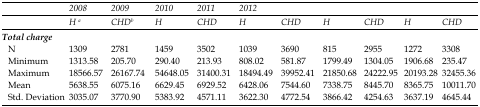
<table><thead><tr><td></td><td></td><td colspan="2"><b><i>2008</i></b></td><td colspan="2"><b><i>2009</i></b></td><td colspan="2"><b><i>2010</i></b></td><td colspan="2"><b><i>2011</i></b></td><td colspan="2"><b><i>2012</i></b></td></tr><tr><td></td><td></td><td><b><i>H</i>a</b></td><td><b><i>CHD</i>b</b></td><td><b><i>H</i></b></td><td><b><i>CHD</i></b></td><td><b><i>H</i></b></td><td><b><i>CHD</i></b></td><td><b><i>H</i></b></td><td><b><i>CHD</i></b></td><td><b><i>H</i></b></td><td><b><i>CHD</i></b></td></tr></thead><tbody><tr><td rowspan="5"><b>Total charge</b></td><td>N</td><td>1309</td><td>2781</td><td>1459</td><td>3502</td><td>1039</td><td>3690</td><td>815</td><td>2955</td><td>1272</td><td>3308</td></tr><tr><td>Minimum</td><td>1313.58</td><td>205.70</td><td>290.40</td><td>213.93</td><td>808.02</td><td>581.87</td><td>1799.49</td><td>1304.05</td><td>1906.68</td><td>235.47</td></tr><tr><td>Maximum</td><td>18566.57</td><td>26167.74</td><td>54648.05</td><td>31400.31</td><td>18494.49</td><td>39952.41</td><td>21850.68</td><td>24222.95</td><td>20193.28</td><td>32455.36</td></tr><tr><td>Mean</td><td>5638.55</td><td>6075.16</td><td>6629.45</td><td>6929.52</td><td>6428.06</td><td>7544.60</td><td>7338.75</td><td>8445.70</td><td>8365.75</td><td>10011.70</td></tr><tr><td>Std. Deviation</td><td>3035.07</td><td>3770.90</td><td>5383.92</td><td>4571.11</td><td>3622.30</td><td>4772.54</td><td>3866.42</td><td>4254.63</td><td>3637.19</td><td>4645.44</td></tr></tbody></table>